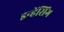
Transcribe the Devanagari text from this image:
इन्हेंसिंग